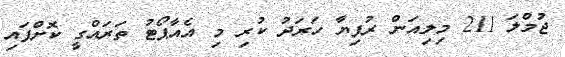
ޖުމްލަ 211 މިލިއަން ރުފިޔާ ހަރަދު ކުރި މި އެއާޕޯޓު ތަރައްގީ ކޮށްފައި